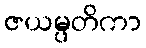
ဇယမ္ပတိကာ